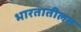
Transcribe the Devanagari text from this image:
भारतातीलत